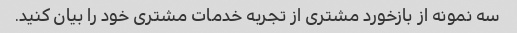
سه نمونه از بازخورد مشتری از تجربه خدمات مشتری خود را بیان کنید.